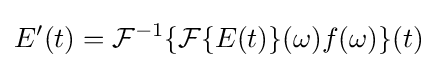
E'(t)={\mathcal {F}}^{-1}\{{\mathcal {F}}\{E(t)\}(\omega )f(\omega )\}(t)